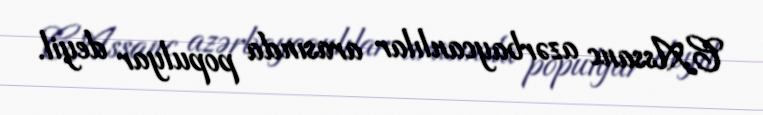
C.Assanc azərbaycanlılar arasında populyar deyil.